Indian journal of veterinary science and animal husbandry - Volumes 15-17, 1948-1951
Year: 1948
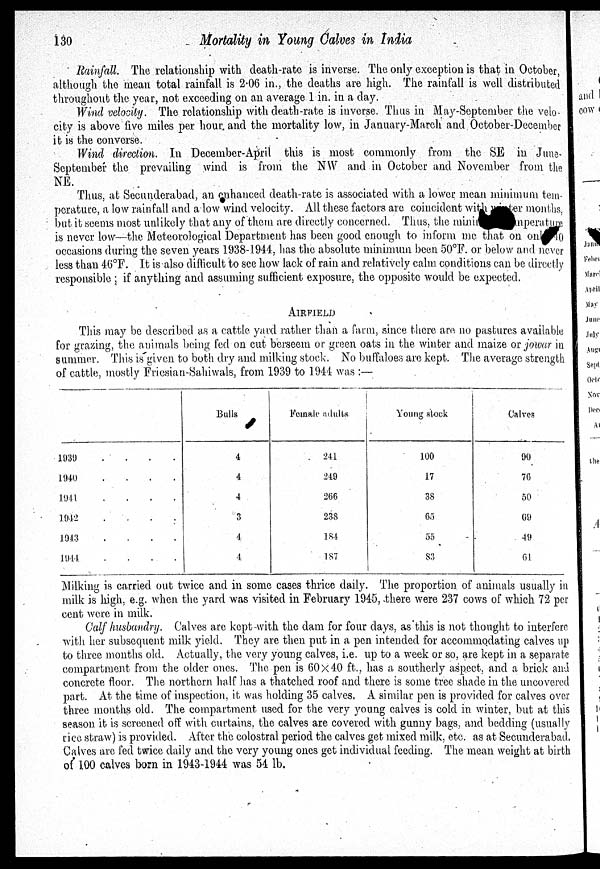
130
Mortality in Young Calves in India
Rainfall. The relationship with death-rate is inverse. The only exception is that in October,
although the mean total rainfall is 2.06 in., the deaths are high. The rainfall is well distributed
throughout the year, not exceeding on an average 1 in. in a day.
Wind velocity. The relationship with death-rate is inverse. Thus in May-September the velo-
city is above five miles per hour, and the mortality low, in January-March and October-December
it is the converse.
Wind direction. In December-April this is most commonly from the SE in June-
September the prevailing wind is from the NW and in October and November from the
NE.
Thus, at Secunderabad, an enhanced death-rate is associated with a lower mean minimum tem-
perature, a low rainfall and a low wind velocity. All these factors are coincident with winter months,
but it seems most unlikely that any of them are directly concerned. Thus, the minimum temperature
is never low—the Meteorological Department has been good enough to inform me that on on 40
occasions during the seven years 1938-1944, has the absolute minimum been 50°F. or below and never
less than 46°F. It is also difficult to see how lack of rain and relatively calm conditions can be directly
responsible ; if anything and assuming sufficient exposure, the opposite would be expected.
AIRFIELD
This may be described as a cattle yard rather than a farm, since there are no pastures available
for grazing, the animals being fed on cut berseem or green oats in the winter and maize or jowar in
summer. This is given to both dry and. milking stock. No buffaloes are kept. The average strength
of cattle, mostly Friesian-Sahiwals, from 1939 to 1944 was :—
1939
.
.
.
.
1940 . . . .
1941
.
.
.
.
1942
.
.
.
.
1943
.
.
.
.
1944
.
.
.
.
Bulls
4
4
4
3
4
4
Female adults
241
249
266
238
184
187
Young stock
100
17
38
65
55
83
Calves
90
76
50
69
49
61
Milking is carried out twice and in some cases thrice daily. The proportion of animals usually in
milk is high, e.g. when the yard was visited in February 1945, there were 237 cows of which 72 per
cent were in milk.
Calf husbandry. Calves are kept-with the dam for four days, as this is not thought to interfere
with her subsequent milk yield. They are then put in a pen intended for accommodating calves up
to three months old. Actually, the very young calves, i.e. up to a week or so, are kept in a separate
compartment from the older ones. The pen is 60×40 ft., has a southerly aspect, and a brick and
concrete floor. The northern half has a thatched roof and there is some tree shade in the uncovered
part. At the time of inspection, it was holding 35 calves. A similar pen is provided for calves over
three months old. The compartment used for the very young calves is cold in winter, but at this
season it. is screened off with curtains, the calves are covered with gunny bags, and bedding (usually
rice straw) is provided. After the colostral period the calves get mixed milk, etc. as at Secunderabad.
Calves are fed twice daily and the very young ones get individual feeding. The mean weight at birth
of 100 calves born in 1943-1944 was 54 lb.